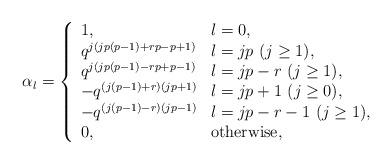
LaTeX: \begin{align*}\alpha_l = \left\{\begin{array}{ll}1, & l=0, \\q^{j(jp(p-1)+rp-p+1)}& l=jp ~(j \geq 1), \\q^{j(jp(p-1)-rp+p-1)}& l=jp-r ~(j \geq 1), \\-q^{(j(p-1)+r)(jp+1)}& l=jp +1 ~(j \geq 0), \\-q^{(j(p-1)-r)(jp-1)}& l=jp-r-1 ~(j \geq 1), \\0, & \mbox{otherwise},\end{array} \right.\end{align*}